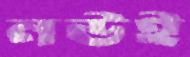
নউই